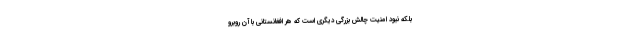
بلکه نبود امنیت چالش بزرگی دیگری است که هر افغانستانی با آن روبرو